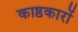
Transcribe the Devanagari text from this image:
काष्ठकारों